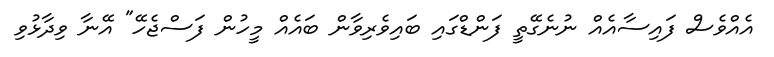
އެއްވެސް ފައިސާއެއް ނުނެގޭތީ ފަންޑްގައި ބައިވެރިވާން ބައެއް މީހުން ފަސްޖެހޭ" އޭނާ ވިދާޅުވި